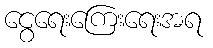
ငွေရေးကြေးရေးအရ